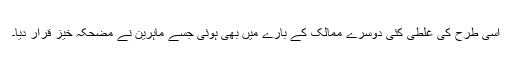
اسی طرح کی غلطی کئی دوسرے ممالک کے بارے میں بھی ہوئی جسے ماہرین نے مضحکہ خیز قرار دیا۔